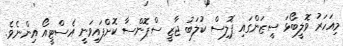
މިއަހަރު ވޮލީބޯޅަ ސީޒަންގައި ޕޮލިސް ކުލަބު ޖާޒީ ސްޕޮންސާ ކޮށްފައިވަނީ އެސްޓީއޯ އިންނެވެ.